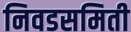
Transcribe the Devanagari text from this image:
निवडसमिती